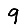
Digit: 9